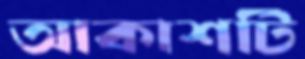
আকাশটি